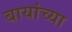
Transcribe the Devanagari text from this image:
बायांच्या